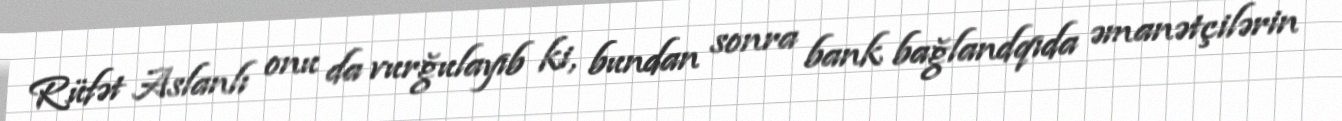
Rüfət Aslanlı onu da vurğulayıb ki, bundan sonra bank bağlandqıda əmanətçilərin